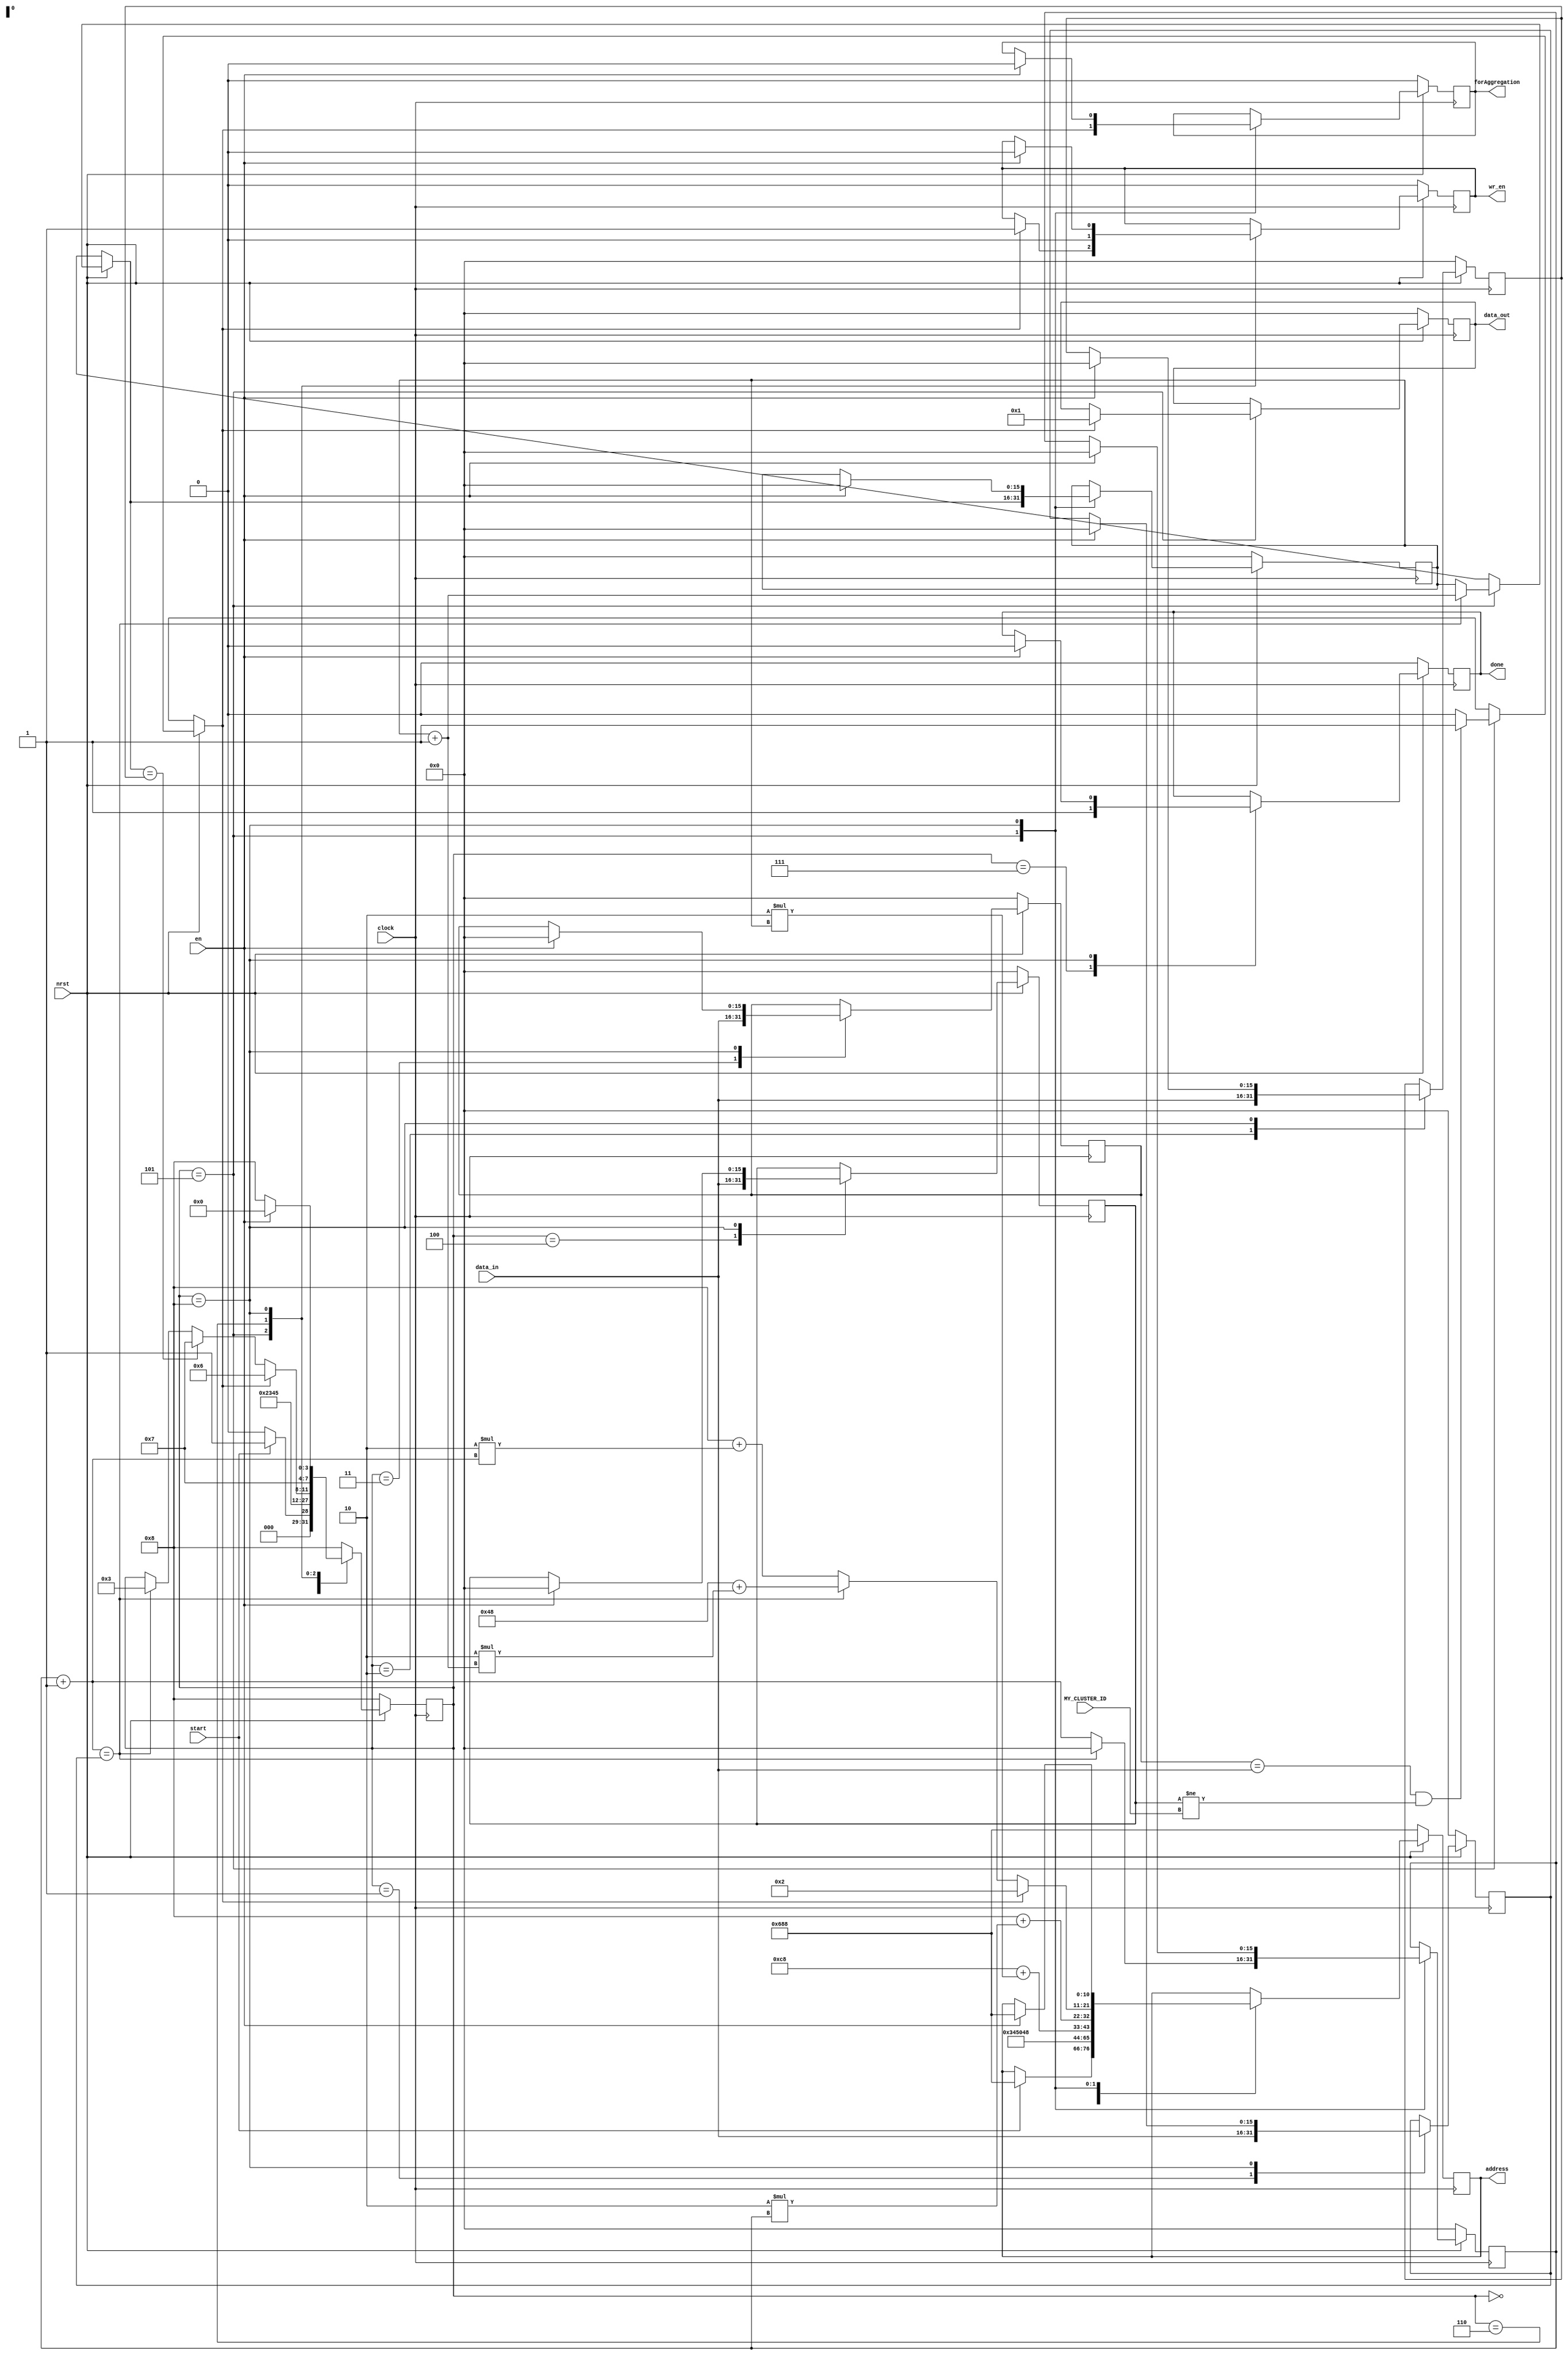
`timescale 1ns/1ps
`define WORD_WIDTH 16

/* States
 * 0: Get neighborID 
 * 1: Get clusterID
 * 2: Get knownSinks and determine forAggregation flag
 */

module neighborSinkInOtherCluster(clock, nrst, en, start, address, wr_en, data_in, MY_CLUSTER_ID, data_out, forAggregation, done);
	input clock, nrst, en, start;
	input [`WORD_WIDTH-1:0] data_in, MY_CLUSTER_ID;
	output forAggregation, done, wr_en;
	output [10:0] address;
	output [`WORD_WIDTH-1:0] data_out;

	// Registers
	reg forAggregation_buf, done_buf, wr_en_buf;
	reg [10:0] address_count;
	reg [`WORD_WIDTH-1:0] data_out_buf, i, j;
	reg [`WORD_WIDTH-1:0] knownSinkCount, neighborCount, neighborID, clusterID, knownSinks;
	reg [3:0] state;
	 
	always @ (posedge clock) begin
		if (!nrst) begin
			forAggregation_buf = 0;
			done_buf = 0;
			wr_en_buf = 0;
			address_count = 11'h688; // knownSinkCount address
			data_out_buf = 0;
			state = 8;
			i = 0;
			j = 0;
			clusterID = 0;
			knownSinkCount = 0;
			knownSinks = 0;
			neighborCount = 0;
			neighborID = 0;
		end
		else begin
			case (state)
				0: begin
					if (start) begin
						state = 1;
						address_count = 11'h688; // knownSinkCount address
					end
					else state = 0;
				end

				1: begin
					knownSinkCount = data_in;
					state = 2;
					address_count = 11'h68A; // neighborCount address
				end

				2: begin
					neighborCount = data_in;
					state = 3;
					address_count = 11'h48; //neighborID address

				end

				3: begin
					neighborID = data_in;
					state = 4;
					address_count = 11'hC8 + 2*i; // clusterID address
				end

				4: begin
					clusterID = data_in;
					state = 5;
					address_count = 11'h8 + 2*j; // knownSinks address
				end

				5: begin
					knownSinks = data_in;
					// If there are neighbor sinks in other clusters, schedule aggregation!
					$display("%d,%d,%d,%d,%d", neighborID, clusterID, knownSinks, i, j);
					if ((neighborID == knownSinks) && (clusterID != MY_CLUSTER_ID)) begin
						forAggregation_buf = 1;
						$display("There are neighbor sinks in other clusters!,%d,%d,%d,%d", neighborID, clusterID, knownSinks, forAggregation_buf);
					end
					else forAggregation_buf = 0;

					j = j + 1;
					address_count = 11'h8 + 2*j; // knownSinks address

					if (j == knownSinkCount) begin
						j = 0;
						i = i + 1;
						state = 3;
						address_count = 11'h48 + 2*i; // neighborID address
					end

					if (i == neighborCount)
						state = 7;

					if (forAggregation_buf) begin
						state = 6;
						data_out_buf = 16'h1;
						address_count = 11'h2; // forAggregation (FLAG) address
						wr_en_buf = 1;
					end
				end

				6: begin
					wr_en_buf = 0;
					state = 7;
				end

				7: begin
					done_buf = 1;
					state = 8;
				end

				8: begin
					if (en) begin
						forAggregation_buf = 0;
						done_buf = 0;
						wr_en_buf = 0;
						address_count = 11'h688; // knownSinkCount address
						state = 0;
						i = 0;
						j = 0;
						clusterID = 0;
						knownSinkCount = 0;
						knownSinks = 0;
						neighborCount = 0;
						neighborID = 0;
					end
					else state = 8;
				end
				
				default: state = 8;    
			endcase
		end
	end
	
	assign done = done_buf;
	assign address = address_count;
	assign wr_en = wr_en_buf;
	assign data_out = data_out_buf;
	assign forAggregation = forAggregation_buf;
endmodule